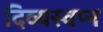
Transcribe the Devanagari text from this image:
दिव्यस्वप्न